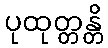
ပုထုတ္တန္တိ